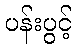
ပန်းပွင့်